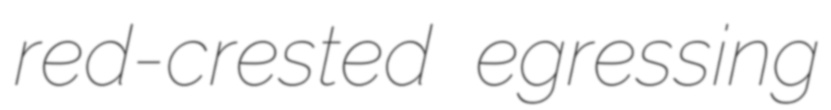
red-crested egressing